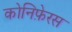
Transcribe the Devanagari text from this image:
कोनिफ़ेरस